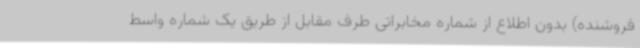
فروشنده) بدون اطلاع از شماره مخابراتی طرف مقابل از طریق یک شماره واسط